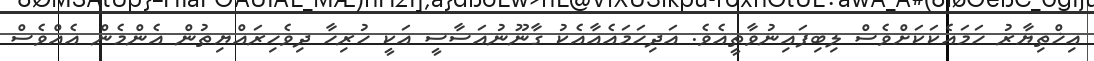
އިޚްތިޔާރު ހަމައެކަކަށްވެސް ލިބިފައިނުވާތީއެވެ. އަދިހަމައެއާއެކު ގާނޫނުއަސާސީ އަކީ ހުރިހާ ދިވެހިރައްޔިތުން އެންމެން އެއްވެސް